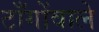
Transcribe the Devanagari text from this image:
टाँगोंवाले